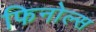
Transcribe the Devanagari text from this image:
फिनोल्स